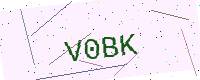
Text: V0BK